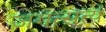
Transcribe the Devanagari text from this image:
जगत्सत्यं